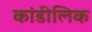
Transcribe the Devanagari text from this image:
कांडीलिक